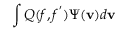
\int Q ( f , f ^ { ' } ) \Psi ( \mathbf { v } ) d \mathbf { v }